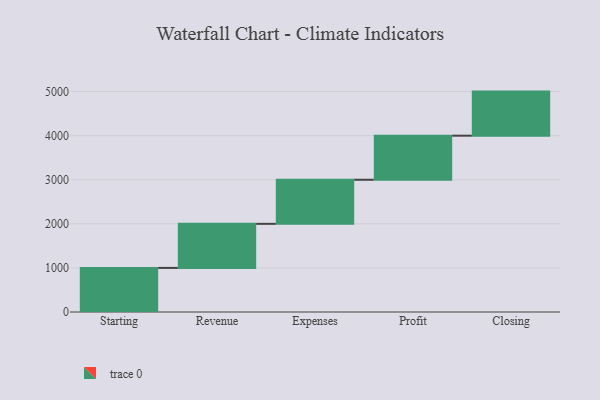
{"axis": {"x": "Step", "y": "Value"}, "legend": [""], "data": [{"x": "Starting", "y": 1000, "type": ""}, {"x": "Revenue", "y": 1000, "type": ""}, {"x": "Expenses", "y": 1000, "type": ""}, {"x": "Profit", "y": 1000, "type": ""}, {"x": "Closing", "y": 1000, "type": ""}]}